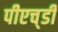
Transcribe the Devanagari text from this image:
पीएच्‌डी